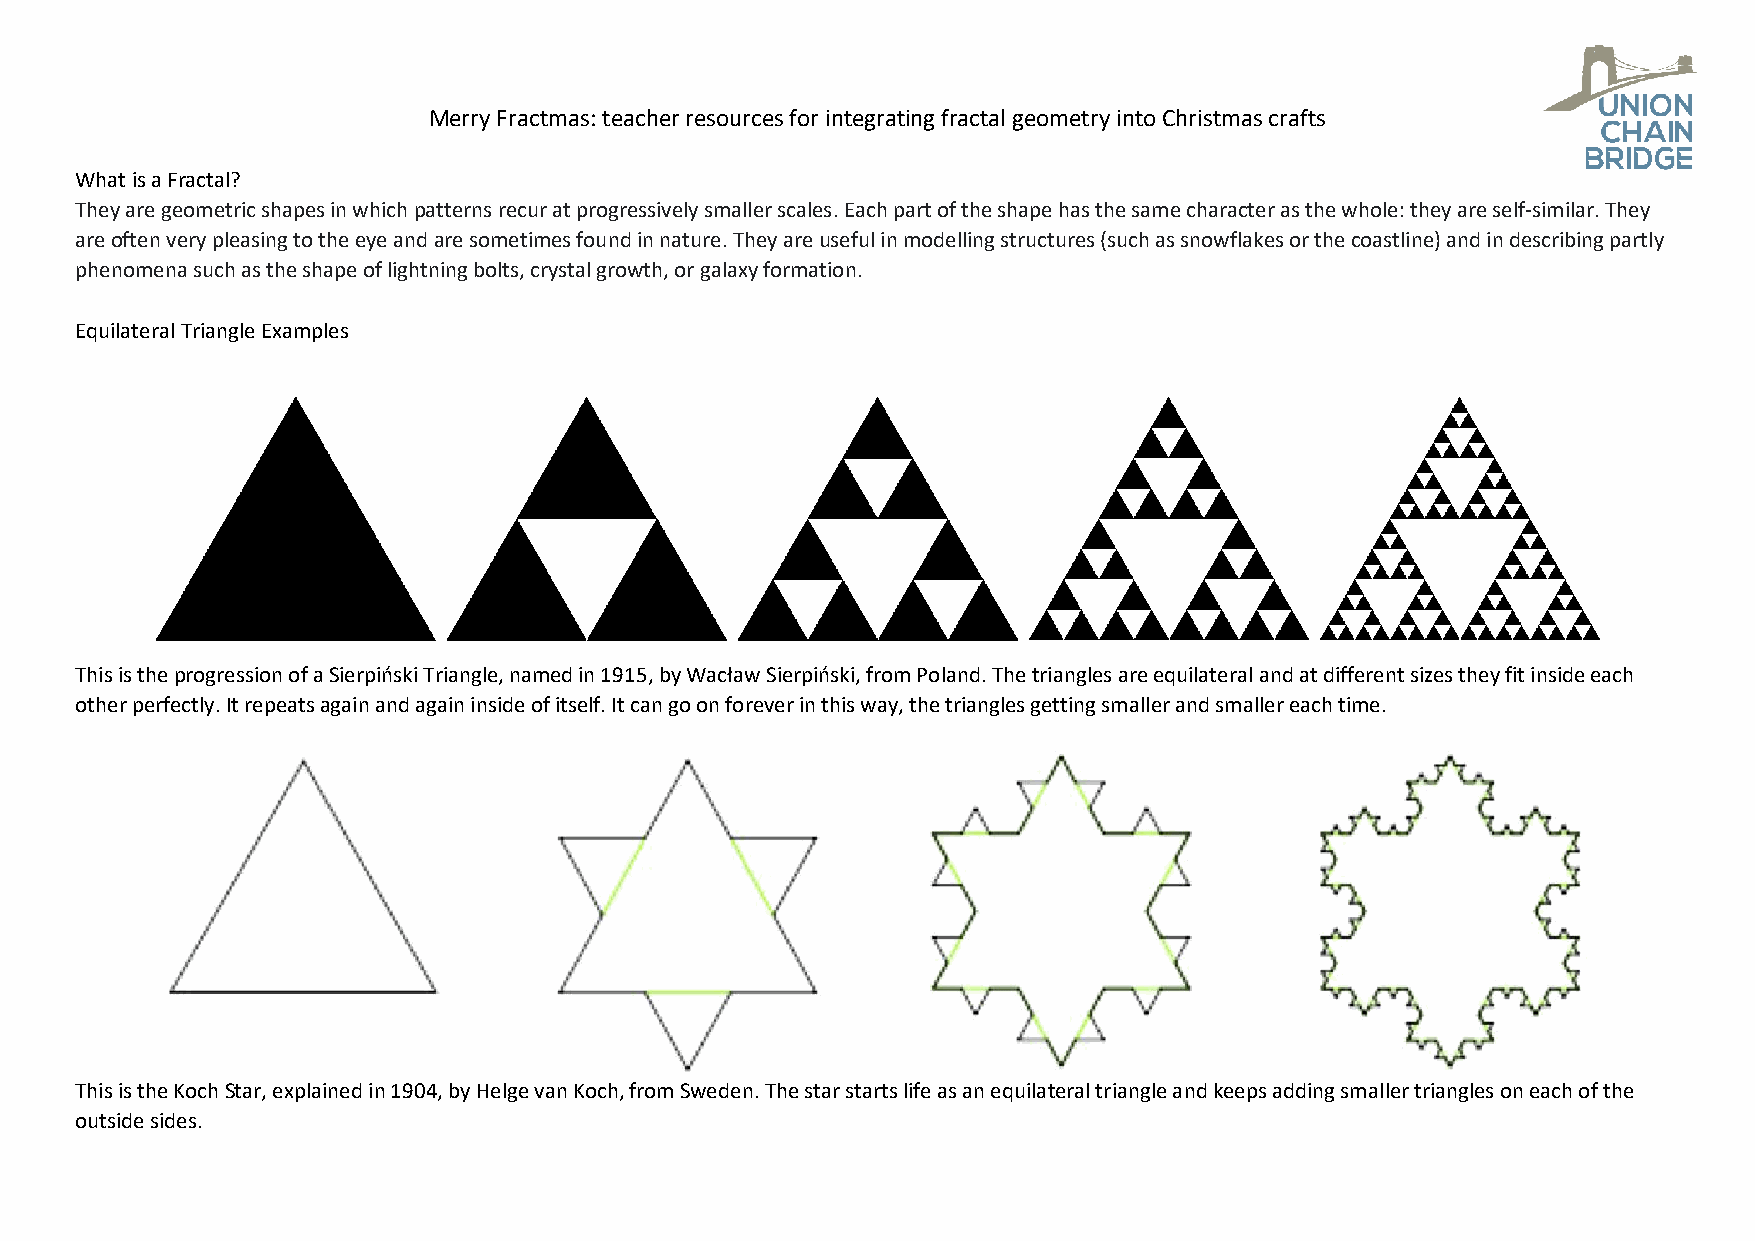
Merry Fractmas: teacher resources for integrating fractal geometry into Christmas crafts
 What is a Fractal?
 They are geometric shapes in which patterns recur at progressively smaller scales. Each part of the shape has the same character as the whole: they are self-similar. They
 are often very pleasing to the eye and are sometimes found in nature. They are useful in modelling structures (such as snowflakes or the coastline) and in describing partly
 phenomena such as the shape of lightning bolts, crystal growth, or galaxy formation.
 Equilateral Triangle Examples
 This is the progression of a Sierpiński Triangle, named in 1915, by Wacław Sierpiński, from Poland. The triangles are equilateral and at different sizes they fit inside each
 other perfectly. It repeats again and again inside of itself. It can go on forever in this way, the triangles getting smaller and smaller each time.
 This is the Koch Star, explained in 1904, by Helge van Koch, from Sweden. The star starts life as an equilateral triangle and keeps adding smaller triangles on each of the
 outside sides.